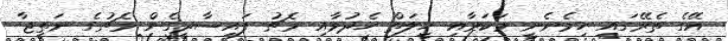
އޭގެ ތެރޭގައި ހިމެނެނީ މަކަރާއި ހީލަތް ހެދުމާއި މެޗު ފައިސާދީގެން މެޗުގެ ނަތީޖާ